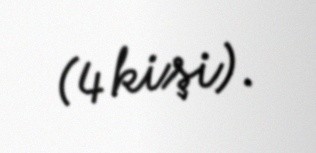
(4 kişi).